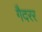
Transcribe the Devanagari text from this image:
गैदरर